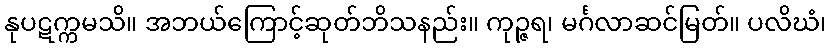
နုပဋက္ကမသိ။ အဘယ်ကြောင့်ဆုတ်ဘိသနည်း။ ကုဉ္ဇရ၊ မင်္ဂလာဆင်မြတ်။ ပလိဃံ၊